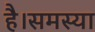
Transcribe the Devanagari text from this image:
है।समस्या